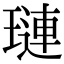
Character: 璉